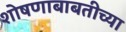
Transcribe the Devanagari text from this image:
शोषणाबाबतीच्या